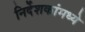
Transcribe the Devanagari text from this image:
निर्देशकांमध्ये